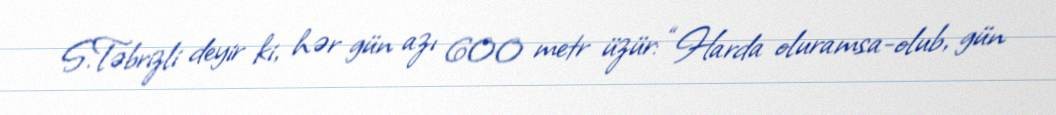
S.Təbrizli deyir ki, hər gün azı 600 metr üzür: “Harda oluramsa-olub, gün